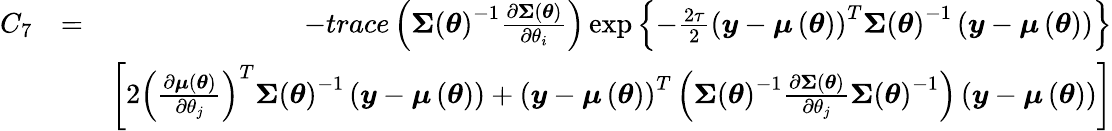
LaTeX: \begin{array}{rlr}{C_{7}}&{=}&{-trace\left(\boldsymbol{\Sigma}\left(\boldsymbol{\theta}\right)^{-1}\frac{\partial\boldsymbol{\Sigma}\left(\boldsymbol{\theta}\right)}{\partial\theta_{i}}\right)\exp\left\{ -\frac{2\tau}{2}\left(\boldsymbol{y}-\boldsymbol{\mu}\left(\boldsymbol{\theta}\right)\right)^{T}\boldsymbol{\Sigma}\left(\boldsymbol{\theta}\right)^{-1}\left(\boldsymbol{y}-\boldsymbol{\mu}\left(\boldsymbol{\theta}\right)\right)\right\} }\\ &{}&{\left[2\left(\frac{\partial\boldsymbol{\mu}\left(\boldsymbol{\theta}\right)}{\partial\theta_{j}}\right)^{T}\boldsymbol{\Sigma}\left(\boldsymbol{\theta}\right)^{-1}\left(\boldsymbol{y}-\boldsymbol{\mu}\left(\boldsymbol{\theta}\right)\right)+\left(\boldsymbol{y}-\boldsymbol{\mu}\left(\boldsymbol{\theta}\right)\right)^{T}\left(\boldsymbol{\Sigma}\left(\boldsymbol{\theta}\right)^{-1}\frac{\partial\boldsymbol{\Sigma}\left(\boldsymbol{\theta}\right)}{\partial\theta_{j}}\boldsymbol{\Sigma}\left(\boldsymbol{\theta}\right)^{-1}\right)\left(\boldsymbol{y}-\boldsymbol{\mu}\left(\boldsymbol{\theta}\right)\right)\right]}\end{array}